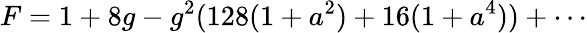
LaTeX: F=1+8g-g^{2}(128(1+a^{2})+16(1+a^{4}))+\cdots